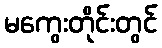
မကွေးတိုင်းတွင်